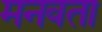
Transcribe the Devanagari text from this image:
मनवता